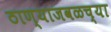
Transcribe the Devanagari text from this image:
ठाण्याजवळच्या